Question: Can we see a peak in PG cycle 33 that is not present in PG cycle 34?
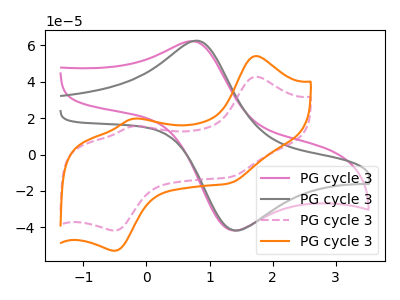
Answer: <think>The pink curve "PG cycle 31" has an anodic peak at (0.75V, 62.15uA) and a cathodic peak at (1.35V, -41.65uA). The gray curve "PG cycle 32" has an anodic peak at (0.80V, 62.45uA) and a cathodic peak at (1.40V, -41.75uA). The pink dashed curve "PG cycle 33" has anodic peaks at (1.75V, 42.70uA) (-0.20V, 15.50uA) and cathodic peaks at (-0.50V, -41.70uA) (1.30V, -12.40uA). The orange curve "PG cycle 34" has anodic peaks at (1.75V, 54.00uA) (-0.20V, 19.60uA) and cathodic peaks at (-0.50V, -52.80uA) (1.30V, -15.70uA).
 All the peaks in "PG cycle 33" have a peak in "PG cycle 34" at the same potential. Every peak in "PG cycle 33" is lower than every peak in "PG cycle 34".</think>
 <answer>No, "PG cycle 33" and "PG cycle 34" don't appear to be significantly different in shape</answer>
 <eval>no_change</eval>